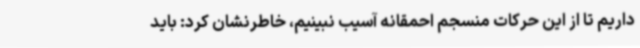
داریم تا از این حرکات منسجم احمقانه آسیب نبینیم، خاطرنشان کرد: باید